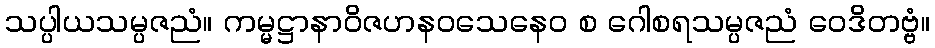
သပ္ပါယသမ္ပဇညံ။ ကမ္မဋ္ဌာနာဝိဇဟနဝသေနေဝ စ ဂေါစရသမ္ပဇညံ ဝေဒိတဗ္ဗံ။